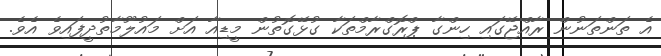
އެ ތަންތަނުން ރާއްޖޭގައި ހިންގާ ޕްރޮގްރާމްތަކާ ގުޅޭގޮތުން މީޑިއާ އަށް މައުލޫމާތުދީފައިވެ އެވެ.